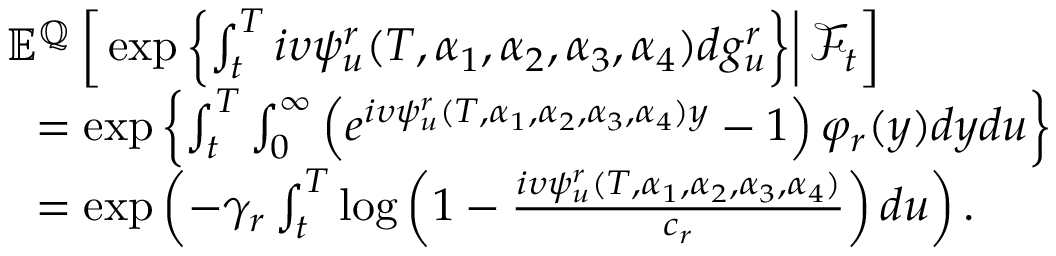
\begin{array} { r l } & { { \mathbb E } ^ { { \mathbb Q } } \left[ \left. \exp \left\lbrace \int _ { t } ^ { T } i \upsilon \psi _ { u } ^ { r } ( T , \alpha _ { 1 } , \alpha _ { 2 } , \alpha _ { 3 } , \alpha _ { 4 } ) d g _ { u } ^ { r } \right\rbrace \right\rvert { \mathcal F } _ { t } \right] } \\ & { \ \ = \exp \left\lbrace \int _ { t } ^ { T } \int _ { 0 } ^ { \infty } \left( e ^ { i \upsilon \psi _ { u } ^ { r } ( T , \alpha _ { 1 } , \alpha _ { 2 } , \alpha _ { 3 } , \alpha _ { 4 } ) y } - 1 \right) \varphi _ { r } ( y ) d y d u \right\rbrace } \\ & { \ \ = \exp \left( - \gamma _ { r } \int _ { t } ^ { T } \log \left( 1 - \frac { i \upsilon \psi _ { u } ^ { r } ( T , \alpha _ { 1 } , \alpha _ { 2 } , \alpha _ { 3 } , \alpha _ { 4 } ) } { c _ { r } } \right) d u \right) . } \end{array}